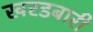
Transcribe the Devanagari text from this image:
खरडबारी